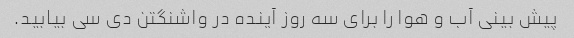
پیش بینی آب و هوا را برای سه روز آینده در واشنگتن دی سی بیابید.